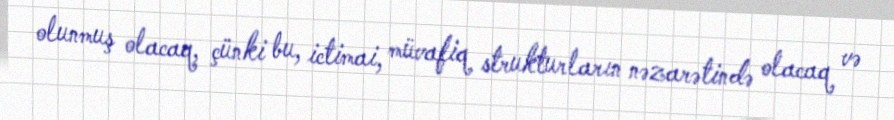
olunmuş olacaq, çünki bu, ictimai, müvafiq strukturların nəzarətində olacaq və